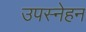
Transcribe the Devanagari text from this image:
उपस्नेहन